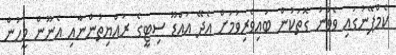
ކެމްޕޭނުގައި ވެވުނު ގޮތަކުން ބައިވެރިވުމަށް އެދޭ އައްޑޫ ސިޓީގެ ރައްޔިތުންނާއި އެނޫން މީހުން